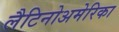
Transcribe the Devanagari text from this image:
लैटिनोअमेरिका